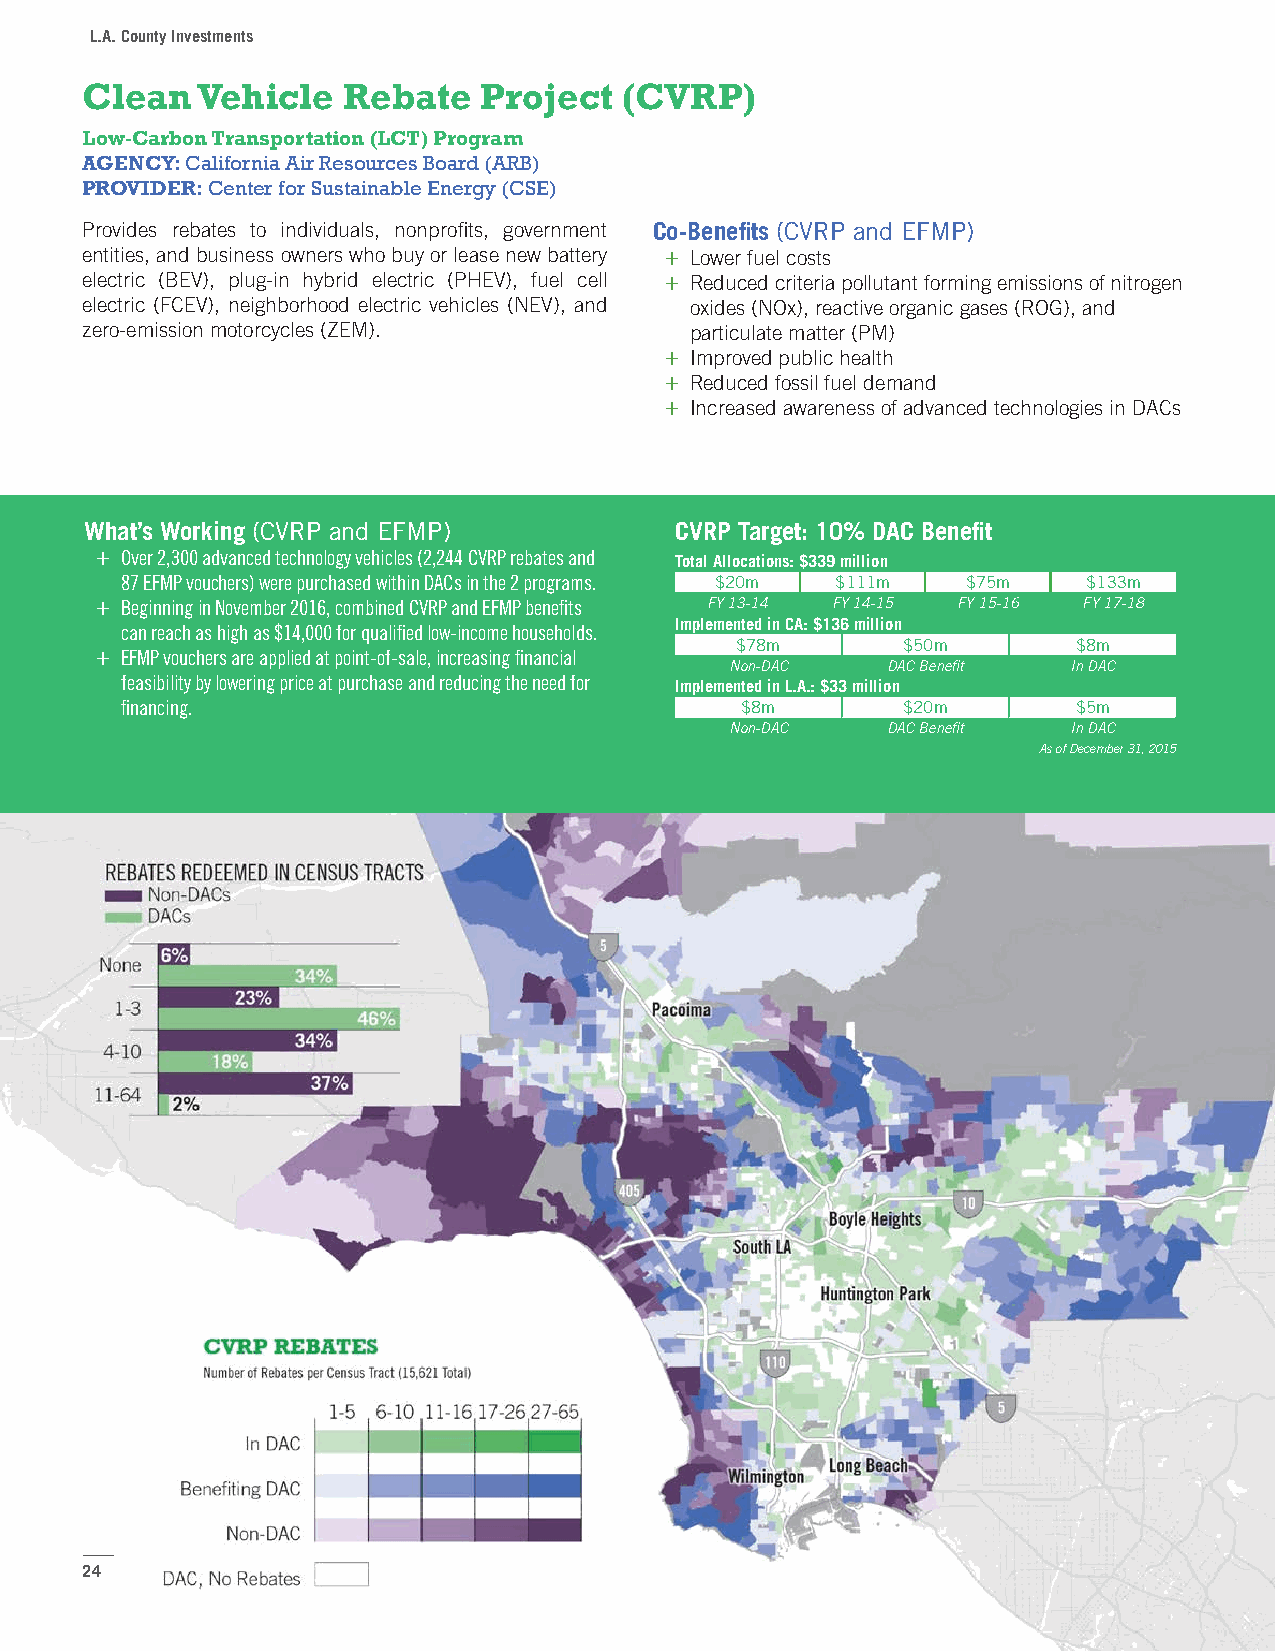
L.A. County Investments
 Clean   Vehicle   Rebate   Project  (CVRP)
 Low-Carbon Transportation (LCT) Program
 AGENCY: California Air Resources Board (ARB)
 PROVIDER: Center for Sustainable Energy (CSE)
 Provides rebates to individuals, nonprofits, government Co-Benefits (CVRP and EFMP)
 entities, and business owners who buy or lease new battery + Lower fuel costs
 electric (BEV), plug-in hybrid electric (PHEV), fuel cell + Reduced criteria pollutant forming emissions of nitrogen
 electric (FCEV), neighborhood electric vehicles (NEV), and oxides (NOx), reactive organic gases (ROG), and
 zero-emission motorcycles (ZEM).         particulate matter (PM)
 + Improved public health
 + Reduced fossil fuel demand
 + Increased awareness of advanced technologies in DACs
 What’s Working (CVRP and EFMP)         CVRP Target: 10% DAC Benefit
 + Over 2,300 advanced technology vehicles (2,244 CVRP rebates and Total Allocations: $339 million
 87 EFMP vouchers) were purchased within DACs in the 2 programs. $20m $111m $75m $133m
 + Beginning in November 2016, combined CVRP and EFMP benefits FY 13-14 FY 14-15 FY 15-16 FY 17-18
 Implemented in CA: $136 million
 can reach as high as $14,000 for qualified low-income households.
 $78m       $50m       $8m
 + EFMP vouchers are applied at point-of-sale, increasing financial
 Non-DAC    DAC Benefit In DAC
 feasibility by lowering price at purchase and reducing the need for Implemented in L.A.: $33 million
 financing.                               $8m        $20m       $5m
 Non-DAC    DAC Benefit In DAC
 As of December 31, 2015
 24